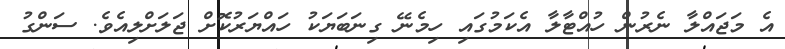
އެ މަޖައްލާ ނެރުން ހުއްޓާލާ އެކަމުގައި ހިމެނޭ ގިނަބަޔަކު ހައްޔަރުކޮށް ޖަލަށްލިއެވެ. ސަންގު